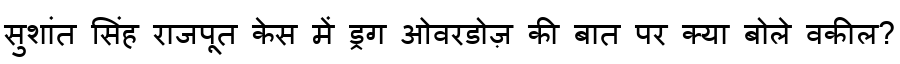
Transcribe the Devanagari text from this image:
सुशांत सिंह राजपूत केस में ड्रग ओवरडोज़ की बात पर क्या बोले वकील?